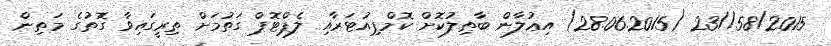
58/2015//23 (28.06.2015) އިޢުލާން ބާޠިލުކޮށް ކޮމްޕިއުޓަރާއި ލެޕްޓޮޕް ގަތުމަށް ތިރީގައިވާ ގޮތުގެ މަތިން